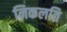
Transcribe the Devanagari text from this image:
निकलति